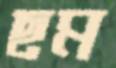
ছম